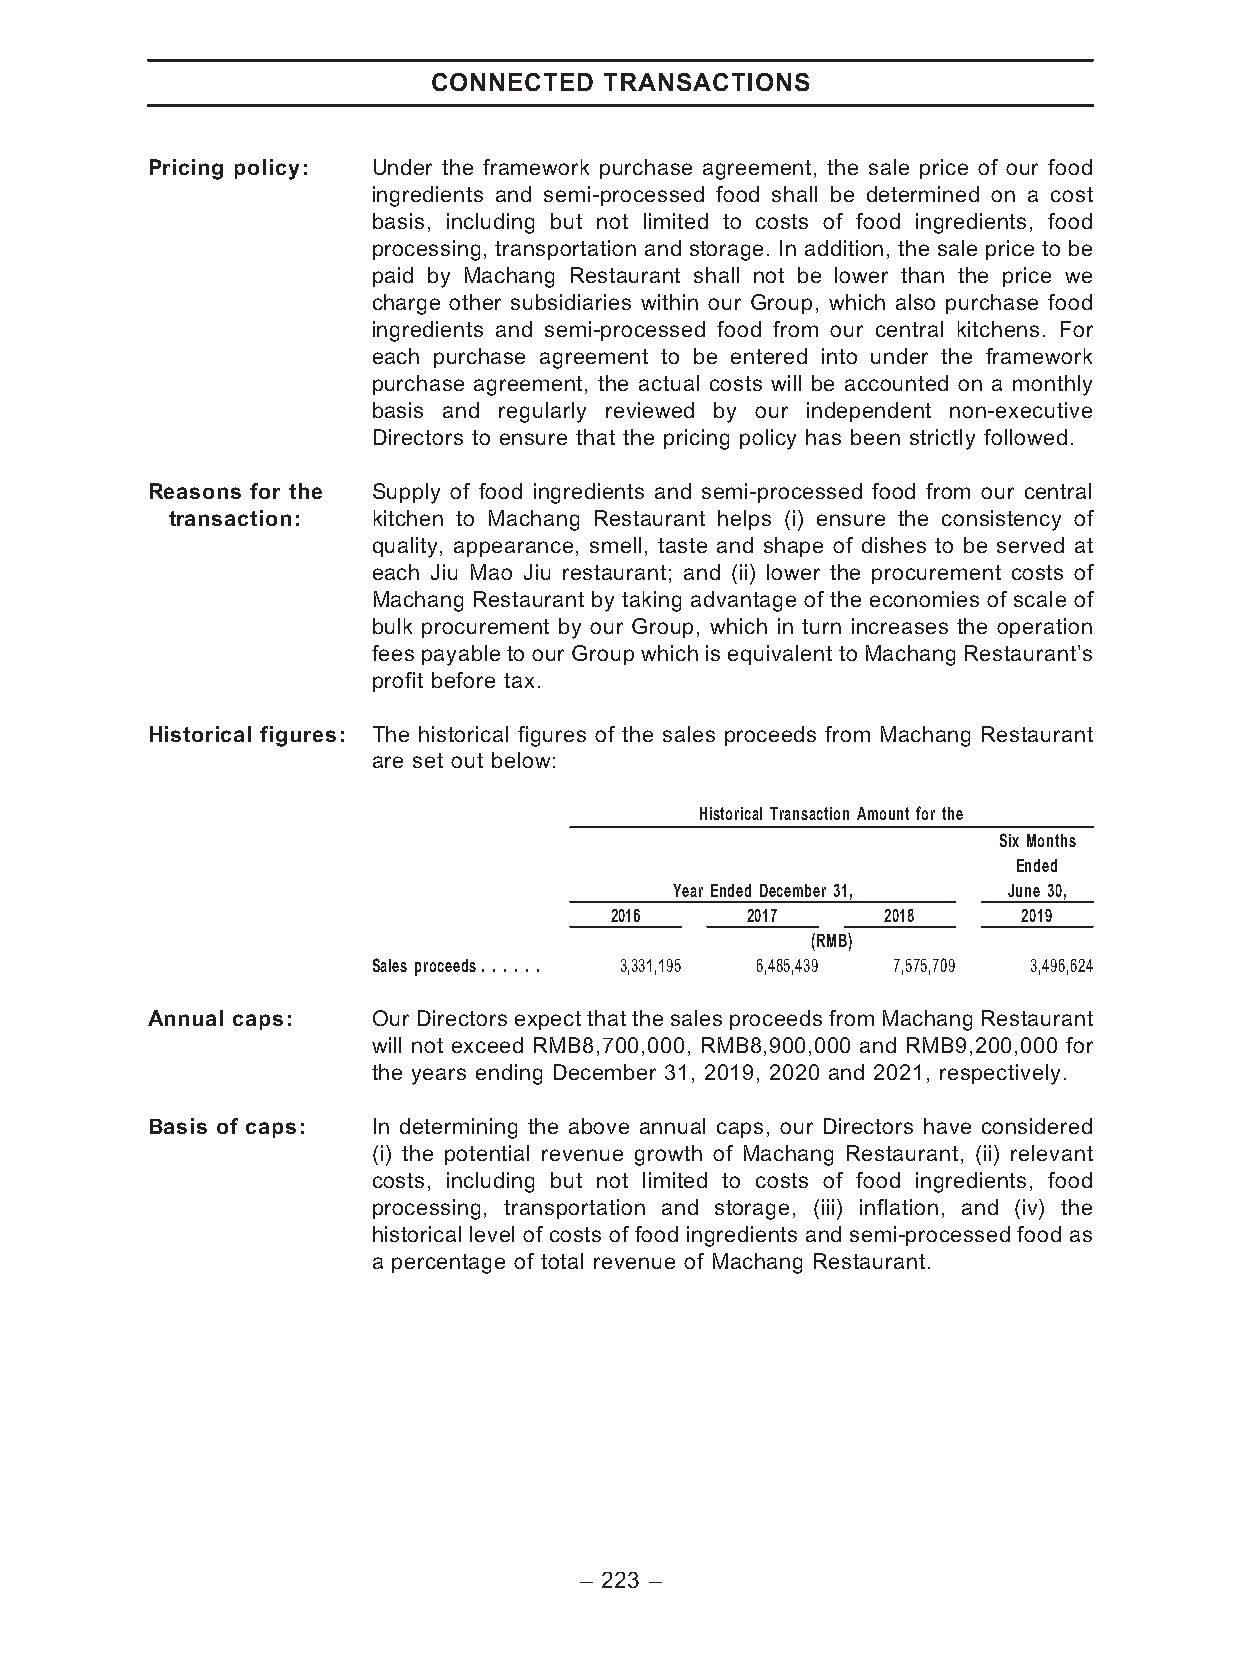
CONNECTED  TRANSACTIONS
 Pricing policy: Under the framework purchase agreement, the sale price of our food
 ingredients and semi-processed food shall be determined on a cost
 basis, including but not limited to costs of food ingredients, food
 processing, transportation and storage. In addition, the sale price to be
 paid by Machang Restaurant shall not be lower than the price we
 charge other subsidiaries within our Group, which also purchase food
 ingredients and semi-processed food from our central kitchens. For
 each purchase agreement to be entered into under the framework
 purchase agreement, the actual costs will be accounted on a monthly
 basis and regularly reviewed by our independent non-executive
 Directors to ensure that the pricing policy has been strictly followed.
 Reasons for the Supply of food ingredients and semi-processed food from our central
 transaction:  kitchen to Machang Restaurant helps (i) ensure the consistency of
 quality, appearance, smell, taste and shape of dishes to be served at
 each Jiu Mao Jiu restaurant; and (ii) lower the procurement costs of
 Machang Restaurant by taking advantage of the economies of scale of
 bulk procurement by our Group, which in turn increases the operation
 fees payable to our Group which is equivalent to Machang Restaurant’s
 profit before tax.
 Historical figures: The historical figures of the sales proceeds from Machang Restaurant
 are set out below:
 Historical Transaction Amount for the
 Six Months
 Ended
 Year Ended December 31, June 30,
 2016     2017      2018     2019
 (RMB)
 Sales proceeds. . . . . . 3,331,195 6,485,439 7,575,709 3,496,624
 Annual caps:   OurDirectorsexpect that the salesproceedsfrom Machang Restaurant
 will not exceed RMB8,700,000, RMB8,900,000 and RMB9,200,000 for
 the years ending December 31, 2019, 2020 and 2021, respectively.
 Basis of caps: In determining the above annual caps, our Directors have considered
 (i) the potential revenue growth of Machang Restaurant, (ii) relevant
 costs, including but not limited to costs of food ingredients, food
 processing, transportation and storage, (iii) inflation, and (iv) the
 historical level of costs of food ingredients and semi-processed food as
 a percentage of total revenue of Machang Restaurant.
 – 223 –